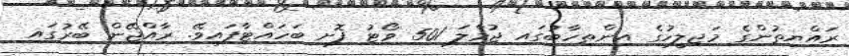
ރައްޔިތުންގެ މަޖިލީހުގެ އިންތިހާބުގައި ޖުމްލަ 501 ވޯޓު ފޮށި ބަހައްޓާފައިވޭ. ރާއްޖޭން ބޭރުގައި